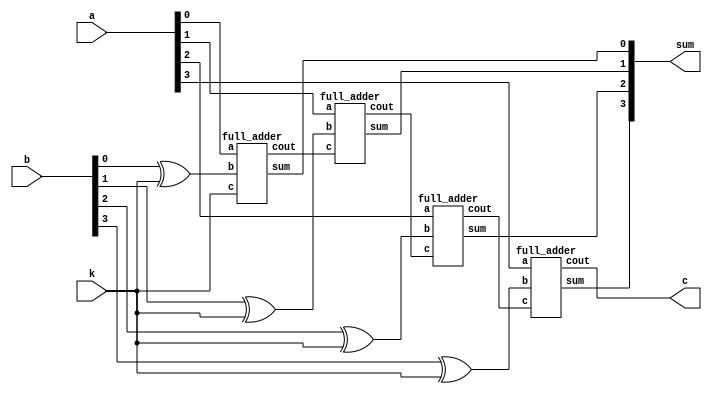
module adder_subtractor(
	output [3:0]sum,
	output c,
	input [3:0]a,
	input [3:0]b,
	input k
);
	wire c1,c2,c3;
	wire xor1,xor2,xor3,xor4;
	
	xor g1(xor1,b[0],k);
	xor g2(xor2,b[1],k);
	xor g3(xor3,b[2],k);
	xor g4(xor4,b[3],k);
	
	full_adder FA0(a[0], xor1, k, sum[0], c1);
	full_adder FA1(a[1], xor2, c1, sum[1], c2);
	full_adder FA2(a[2], xor3, c2, sum[2], c3);
	full_adder FA3(a[3], xor4, c3, sum[3], c);
endmodule

module full_adder(
input a,b,c,
output sum,cout
    );
  wire w1,c1,c2,c3,out1;
  xor x1(w1,a,b);
  xor x2(sum,w1,c);
  
  and a1(c1,a,b);
  and a2(c2,b,c);
  and a3(c3,a,c);
  
  or o1(out1,c1,c2);
  or o2(cout,out1,c3);
 endmodule


//Testbench

module adder_subtractor_test();
  wire [3:0] sum;
  wire c;
  reg [3:0] a;
  reg [3:0] b;
  reg k;
  
  adder_subtractor a1(.sum(sum),.c(c),.a(a),.b(b),.k(k));
  integer count;
  
  initial begin
  	$dumpfile("dump.vcd");
  	$dumpvars(1);
  end
  
  initial begin
    for(count=0;count<512;count=count+1)
      begin
        {a,b,k}=count;
        #20;
      end
  end
  
endmodule